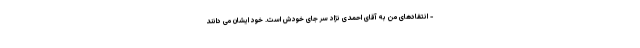
- انتقادهای من به آقای احمدی نژاد سر جای خودش است. خود ایشان می دانند